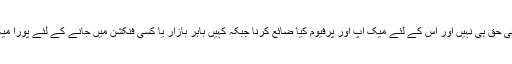
خاتون گھر میں شوہر کے سامنے ایسے کام والی ماسی بنی ہوتی ہے جیسے شوہر کا اس پر کوئی حق ہی نہیں اور اس کے لئے میک اپ اور پرفیوم کیا ضائع کرنا جبکہ کہیں باہر بازار یا کسی فنکشن میں جانے کے لئے پورا میک اپ اور نئے کپڑے پہن کر پرفیوم لگا کر نکلتی ہے یہ صریحاً دین کے احکام کے خلاف ہے۔